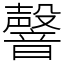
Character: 韾